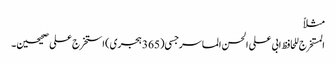
مثلاً
المستخرج للحافظ ابی علی الحسن الماسرجسی (365 ہجری) استخرج علی صحیحین۔